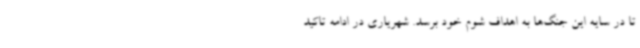
تا در سایه این جنگ‌ها به اهداف شوم خود برسد. شهریاری در ادامه تاکید